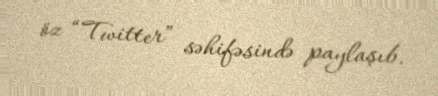
öz “Twitter” səhifəsində paylaşıb.